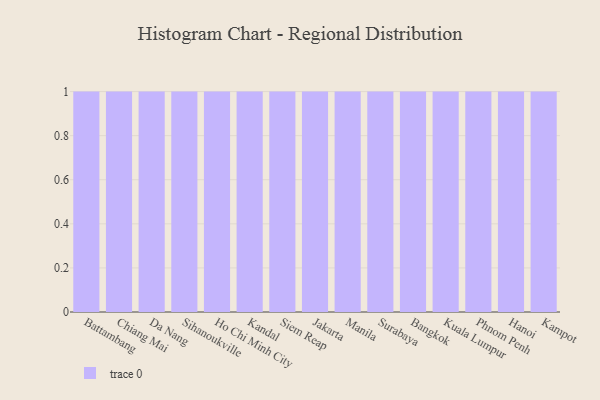
{"axis": {"x": "City", "y": "Market Share (%)"}, "legend": [""], "data": [{"x": "Battambang", "y": 14, "type": ""}, {"x": "Chiang Mai", "y": 50, "type": ""}, {"x": "Da Nang", "y": 62, "type": ""}, {"x": "Sihanoukville", "y": 66, "type": ""}, {"x": "Ho Chi Minh City", "y": 5, "type": ""}, {"x": "Kandal", "y": 61, "type": ""}, {"x": "Siem Reap", "y": 81, "type": ""}, {"x": "Jakarta", "y": 8, "type": ""}, {"x": "Manila", "y": 17, "type": ""}, {"x": "Surabaya", "y": 59, "type": ""}, {"x": "Bangkok", "y": 4, "type": ""}, {"x": "Kuala Lumpur", "y": 90, "type": ""}, {"x": "Phnom Penh", "y": 43, "type": ""}, {"x": "Hanoi", "y": 10, "type": ""}, {"x": "Kampot", "y": 27, "type": ""}]}